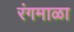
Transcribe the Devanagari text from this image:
रंगमाळा